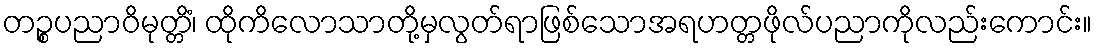
တဉ္စပညာဝိမုတ္တိံ၊ ထိုကိလောသာတို့မှလွတ်ရာဖြစ်သောအရဟတ္တဖိုလ်ပညာကိုလည်းကောင်း။